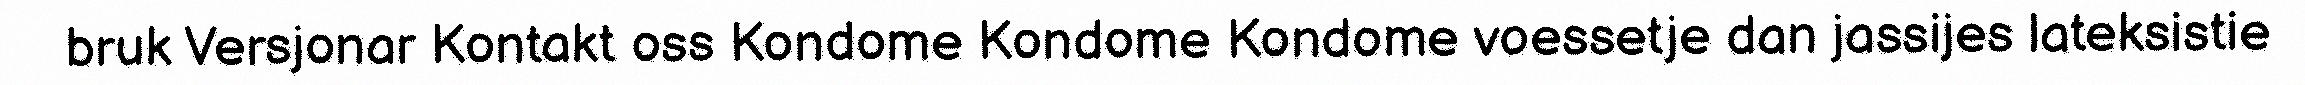
bruk Versjonar Kontakt oss Kondome Kondome Kondome voessetje dan jassijes lateksistie